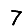
Digit: 7